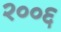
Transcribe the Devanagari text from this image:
२००६